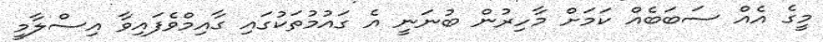
މީގެ އެއް ސަބަބެއް ކަމަށް މާހިރުން ބުނަނީ އެ ގައުމުތަކުގައި ގާއިމްވެފައިވާ އިސްލާމީ